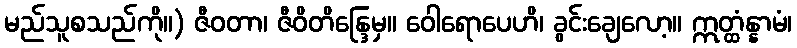
မည်သူစသည်ကို။) ဇီဝတာ၊ ဇီဝိတိန္ဒြေမှ။ ဝေါရောပေဟိ၊ ခွင်းချေလော့။ ဣတ္ထံန္နာမံ၊